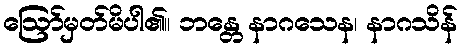
ဩော်မှတ်မိပါ၏။ ဘန္တေ နာဂသေန၊ နာဂသိန်